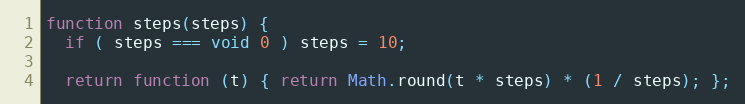
Language: JavaScript
function steps(steps) {
  if ( steps === void 0 ) steps = 10;

  return function (t) { return Math.round(t * steps) * (1 / steps); };